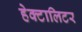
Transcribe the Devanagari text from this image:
हेक्टालिटर